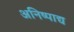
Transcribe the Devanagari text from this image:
अनिष्पाद्य